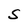
Character: S